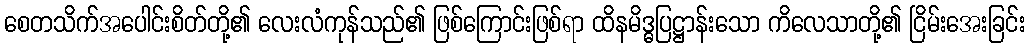
စေတသိက်အပေါင်းစိတ်တို့၏ လေးလံကုန်သည်၏ ဖြစ်ကြောင်းဖြစ်ရာ ထိနမိဒ္ဓပြဋ္ဌာန်းသော ကိလေသာတို့၏ ငြိမ်းအေးခြင်း